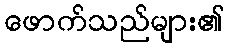
ဖောက်သည်များ၏